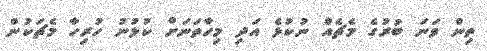
ތިން ވަނަ ބުރުގެ މެޗެއް ނުކުޅެ އަދި މިހާތަނަށް ކުޅުނު ހުރިހާ މެޗަކުން